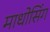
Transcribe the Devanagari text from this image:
माधोसिंग